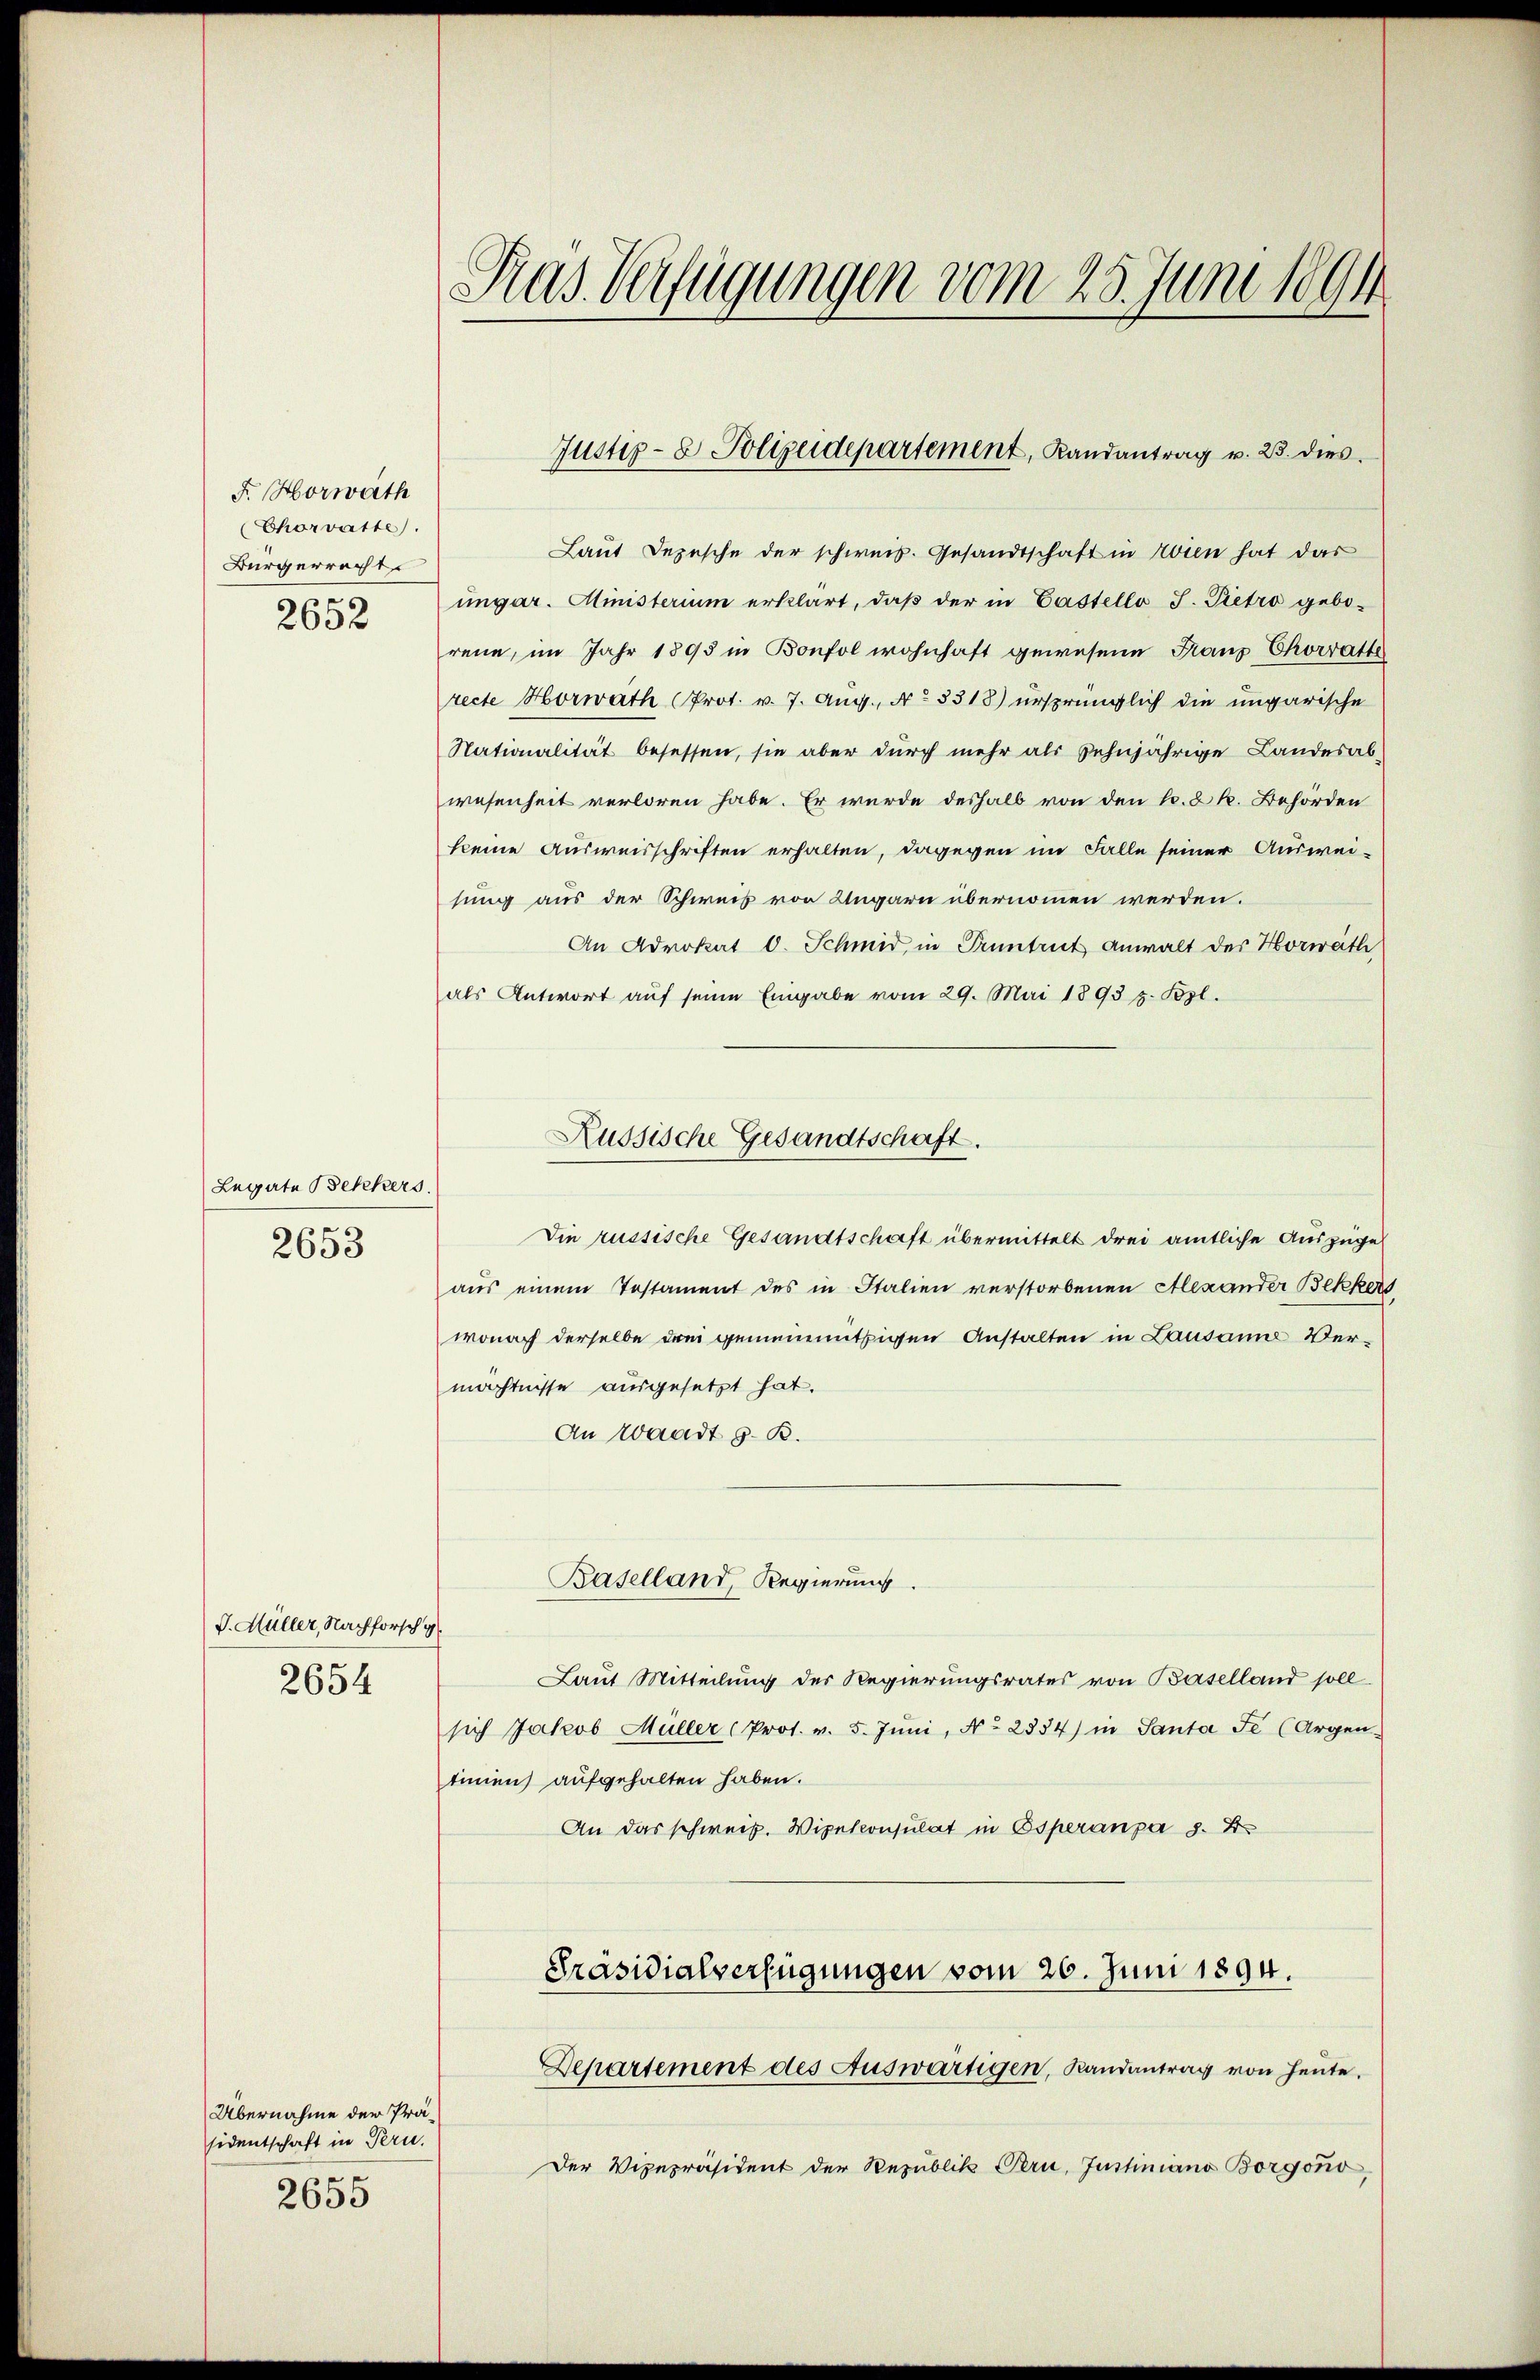
F. Horwath
Chorvatte.
Bürgerrecht
2652

Legate Bekkers.
2653

J. Müller, Nachforsch g
2654

Übernahme der Präsidentschaft in Pern.
e
2653

Das Verfügungen vom 25. Juni 1891

Laut Depesche der schweiz. Gesandtschaft in Wien hat das
ungar. Ministerium erklärt, daß der in Castello J. Pietro geborene, im Jahr 1895 in Bonfol wohnhaft gewesene Franz Chorrathe
recte Horwáth (Prot. v. 7. Aug., No 3318) ursprünglich die ungarische
Nationalität besessen, sie aber durch mehr als zehnjährige Landesabwesenheit verloren habe. Er wurde deshalb von den k. k. Behörden
keine Ausweisschriften erhalten, dagegen im Falle seiner Ausweisung aus der Schweis von Ungarn übernommen werden.
An Advokat C. Schmid, in Guntrut anwalt der Horwáth
als Antwort aŭf seine Eingabe vom 29. Mai 1893 z. Bosl.
Die russische Gesandtschaft übermittelt drei amtliche Auszüge
aŭs einem Testament des in Italien verstorbenen Alexander Bekkers
wonach derselbe drei gemeinmüthigen Anstalten in Lausanne Vermächtnisse ausgesetzt hat.
An Waadt z. B.
Baselland, Regierung
Laut Mitteilung der Regierungsrates von Baselland soll
sich Jakob Müller (Prot. v. 5. Jŭni, No 2834) in Santa Fe (Argen.
tinien) aufgehalten haben.
An das schweiz. Vizekonsulat in Osperanpa 8. 2
Präsidialverfügungen vom 26. Juni 1894.

Justiz- & Polizeidepartement, Randantrag v. 23. dies

Russische Gesandtschaft.

Departement des Auswärtigen, Randantrag von heute.

Der Vizepräsident der Republik Peri, Justiniano Borgono,